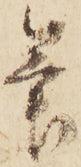
筆